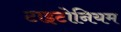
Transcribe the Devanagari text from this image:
टाइटोनियम